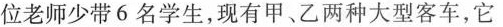
位老师少带6名学生，现有甲、乙两种大型客车，它